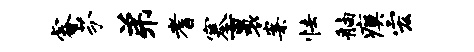
睿芬弟耆塞裹案怯舳瘼宏